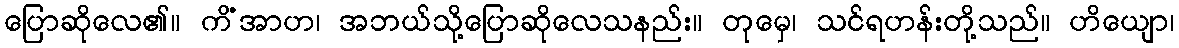
ပြောဆိုလေ၏။ ကိံအာဟ၊ အဘယ်သို့ပြောဆိုလေသနည်း။ တုမှေ၊ သင်ရဟန်းတို့သည်။ ဟိယျော၊